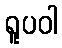
ရူပဝါ